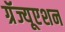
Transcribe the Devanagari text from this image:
ग्रॅज्यूएशन